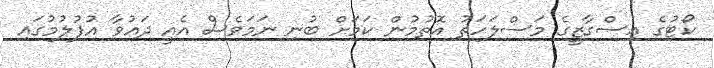
ކޯޓުގެ އިސްގާޒީގެ މަސްލަހަތު އޮތުމުން ކަމަށް ބުނި ނަމަވެސް އެއީ ދައުވާ އުފުލުމުގައި